Report on sanitation, dispensaries, and jails in Rajputana for 1918, and on vaccination for the year 1918-1919 - 1918-1919
Year: 1918
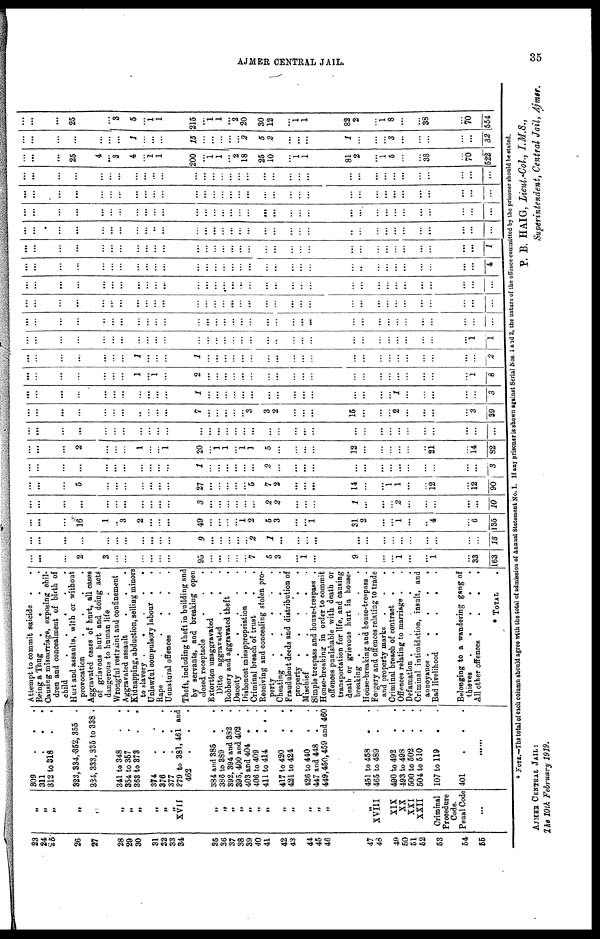
AJMER CENTRAL JAIL.
35
23
24
25
26
27
28
29
30
31
32
33
34
35
36
37
38
39
40
41
42
43
44
45
46
47
48
49
50
51
52
53
54
55
„
„
„
„
„
„
„
„
„
„
„
XVII
„
„
„
„
„
„
„
„
„
„
„
„
„
XVIII
XIX
XX
XXI
XXII
Criminal
Procedure
Code.
Penal Code
...
309
.
.
.
311
.
.
.
312 to 318 . .
323,334, 352,355 .
324, 333,335 to 338 .
341 to 348 . .
354 to 357 . .
363 to 373 . .
374 . .
376
.
.
.
377
.
.
.
379 to 381, 461 and
462
.
. .
384 and 385 . .
386 to 389 . .
392, 394 and 382 .
395, 400 and 402 .
403 and 404 . .
406 to 409 . .
411 to 414
. . .
417 to 420 . .
421 to 424 . .
426 to 440 . .
447 and 448 . .
449,450,459 and 460
451 to 458 . .
465 to 489 . .
490 to 492 . .
493 to 498 . .
500 to 502 . .
504 to 510 . .
107 to 119 . .
401
.
.
.
......
Attempt to commit suicide . .
Being a Thug
.
.
. .
Causing miscarriage, exposing chil-
dren and concealment of birth of
child
.
.
.
.
.
Hurt and assaults, with or without
provocation
.
.
.
.
Aggravated cases of hurt, all cases
of grievous hurt and doing acts
dangerous to human life .
Wrongful restraint and confinement
Aggravated assault
.
. .
Kidnapping, abduction, selling minors
to slavery .
.
.
.
.
Unlawful compulsory labour . .
Rape .
.
.
.
.
.
Unnatural offences . . .
Theft, including theft in building and
by servants, and breaking open
closed receptacle . . .
Extortion unaggravated . .
Ditto aggravated .
. .
Robbery and aggravated theft
.
Dacoity
.
.
.
.
.
Dishonest misappropriation . .
Criminal breach of trust . .
Receiving and concealing stolen pro-
perty
.
.
.
.
.
Cheating
.
.
.
.
.
Fraudulent deeds and distribution of
property .
.
.
.
.
Mischief
.
.
.
.
.
Simple trespass and house-trespass .
House-breaking in order to commit
offences punishable with death or
transportation for life, and causing
death or grievous hurt in house¬
breaking .
.
.
.
.
House-breaking and house-trespass .
Forgery and offences relating to trade
and property marks . . .
Criminal breach of contract . .
Offences relating to marriage . .
Defamation .
.
.
.
.
Criminal intimidation, insult, and
annoyance .
.
.
.
.
Bad livelihood
.
.
.
.
Belonging to a wandering gang of
thieves
.
.
.
.
.
All other offences
.
.
.
* TOTAL
.
...
...
...
2
3
...
...
...
...
... ...
95
...
...
...
...
...
7
5
3
...
1
...
9
...
...
...
1
...
...
1
...
33
163
...
...
...
...
...
...
...
...
...
...
...
9
...
...
...
...
...
2
1
...
...
...
...
...
...
...
...
...
...
...
...
...
...
13
...
...
...
16
1
... 3
2
...
...
...
49
...
...
...
...
1
2
5
3
...
...
1
311
2
...
...
1
...
...
4
...
6
135
...
...
...
...
...
...
...
...
...
...
...
3
...
... ...
...
...
...
2
2
...
...
...
1
...
...
...
2
...
...
...
...
...
10
...
...
...
5
...
...
...
...
...
...
...
27
...
...
...
...
... 5
7
2
...
...
...
14
...
...
1
1
...
...
12
...
12
90
...
...
...
...
...
... ...
...
...
...
...
1
... ...
...
...
...
...
2
...
...
...
...
...
...
...
...
...
...
...
...
...
...
3
...
...
...
2
...
...
...
1
... ...
1
20
... 1
1
...
1
1
5
...
...
...
...
12
...
...
...
...
...
...
21
...
14
82
...
...
...
...
...
... ...
...
...
...
...
...
...
...
...
... ...
...
...
...
...
...
...
...
...
...
...
...
...
...
...
...
...
...
...
...
...
...
...
...
...
...
... ...
...
7
...
... ...
...
...
3
3
2
...
...
...
15
...
...
...
2
...
...
...
...
3
39
...
...
...
...
...
...
...
...
...
...
...
1
...
...
...
...
...
...
...
...
...
...
...
...
...
...
...
1
...
...
...
...
...
3
...
...
...
...
...
...
...
1
...
1
...
2
...
...
...
...
...
...
...
...
...
...
...
...
...
...
...
...
...
...
...
...
1
8
...
...
...
...
...
...
...
1
...
...
...
1
... ...
...
...
...
...
...
...
...
...
...
...
...
...
...
...
...
...
...
...
...
2
...
...
...
...
...
...
...
...
...
...
...
...
...
... ...
... ...
...
...
..
...
...
...
...
...
...
...
...
...
...
...
...
1
1
...
...
...
...
...
...
...
...
...
...
...
...
...
...
...
...
...
...
...
...
...
...
...
...
...
...
...
...
...
...
...
...
...
...
...
...
...
...
...
...
...
...
...
...
...
...
...
...
... ...
...
...
...
...
...
...
...
...
...
...
...
...
...
...
...
...
...
...
...
...
...
...
...
...
...
...
...
...
...
...
...
...
....
...
...
...
...
...
...
...
...
...
...
...
...
...
...
...
...
...
...
...
...
...
...
...
...
...
...
...
...
...
...
...
...
...
...
...
...
...
...
...
...
...
...
...
...
...
...
...
...
...
...
...
...
4
...
...
...
...
...
...
...
...
...
...
...
...
...
... ...
...
...
...
...
...
...
...
...
...
...
...
...
...
...
...
...
...
...
1
...
...
...
...
...
...
...
...
...
..
...
...
...
...
...
...
...
...
...
...
...
...
...
...
...
...
...
...
...
...
...
...
...
...
...
...
...
...
...
...
...
...
...
...
...
...
...
...
...
...
...
...
...
...
...
...
...
...
...
...
...
...
...
...
...
...
...
...
...
...
...
...
...
...
...
...
...
...
...
...
...
...
... ...
...
...
...
...
...
...
...
...
...
...
...
...
...
...
...
...
...
...
...
...
...
...
...
...
...
...
...
...
...
...
...
...
... ...
...
...
...
...
...
...
...
...
...
...
...
...
...
...
...
...
...
...
...
...
...
25
4
...
3
4
...
1
1
200
...
1
1
...
2
18
25
10
...
1
1
81
2
...
1
5
...
...
38
...
70
522
...
...
...
...
...
...
...
1
... ...
...
15
... ...
...
... ...
2
5
2
...
...
...
1
...
...
...
3
...
...
...
...
...
32
...
...
...
25
...
... 3
5
... 1 1
215
...
1
1
...
2
20
30
12
...
1
1
82
2
...
1 8
...
...
38
...
70
554
* NOTE.—The total of each column should agree with the total of admission of Annual Statement No. I. If any prisoner is shown against Serial Nos. 1 and 2, the nature of the offence committed by the prisoner should be stated.
P. B. HAIG, Lieut-Col, I.M.S.,
Superintendent, Central Jail, Ajmer.
AJMER CENTRAL JAIL:
The 10th February 1919.